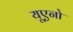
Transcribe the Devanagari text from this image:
यूएनो